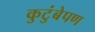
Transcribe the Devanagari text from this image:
कुटुंबेपण